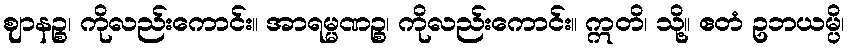
ဈာနဉ္စ၊ ကိုလည်းကောင်း။ အာရမ္မဏဉ္စ၊ ကိုလည်းကောင်း။ ဣတိ၊ သို့။ ဧတံ ဥဘယမ္ပိ၊